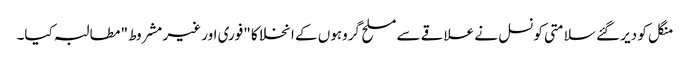
منگل کو دیر گئے سلامتی کونسل نے علاقے سے مسلح گروہوں کے انخلا کا "فوری اور غیر مشروط" مطالبہ کیا۔